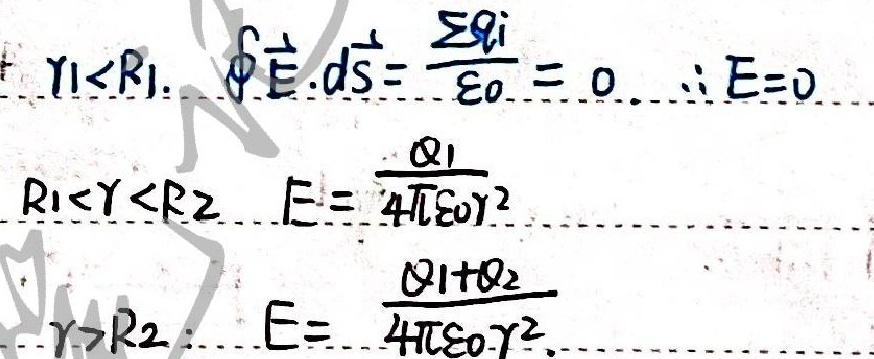
$r_1<R_1,\ \oint\vec{E}\cdot d\vec{S}=\frac{\sum q_i}{\varepsilon_0}=0,\ \therefore E = 0$
$R_1<r<R_2,\ E=\frac{q_1}{4\pi\varepsilon_0 r^2}$
$r>R_2,\ E=\frac{q_1 + q_2}{4\pi\varepsilon_0 r^2}$